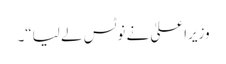
وزیراعلیٰ نے نوٹس لے لیا“۔